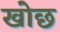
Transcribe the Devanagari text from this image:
खोछ